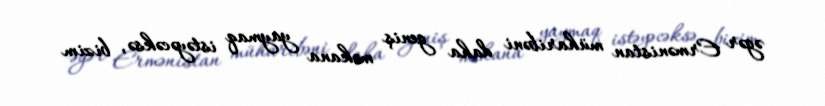
əgər Ermənistan müharibəni daha geniş məkana yaymaq istəyəcəksə, bizim